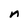
Character: n